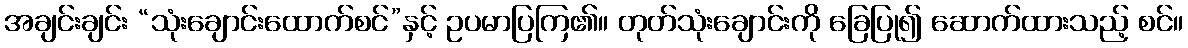
အချင်းချင်း “သုံးချောင်းထောက်စင်”နှင့် ဥပမာပြကြ၏။ တုတ်သုံးချောင်းကို ခြေပြု၍ ဆောက်ထားသည့် စင်။